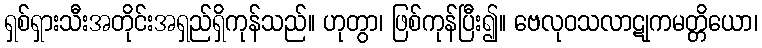
ရှစ်ရှားသီးအတိုင်းအရှည်ရှိကုန်သည်။ ဟုတွာ၊ ဖြစ်ကုန်ပြီး၍။ ဗေလုဝသလာဋုကမတ္တိယော၊